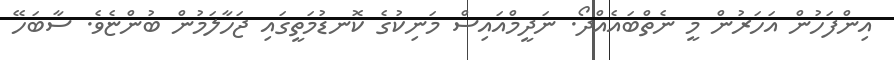
އިންފަހުން އަހަރުން މީ ނެތްބައެއްދޯ. ނަދީމްއައިސް މަނިކުގެ ކޮނޑުމަތީގައި ޖަހާލަމުން ބުންޏެވެ. ސާބަހޭ